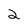
Character: 2